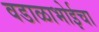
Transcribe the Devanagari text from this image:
वडाळाभोईचा